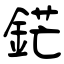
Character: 鋩